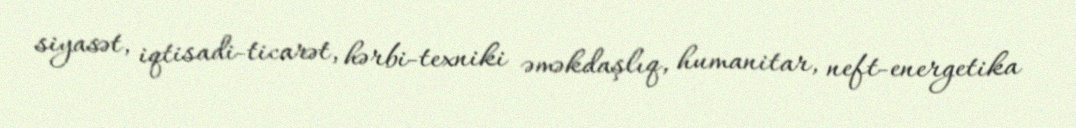
siyasət, iqtisadi-ticarət, hərbi-texniki əməkdaşlıq, humanitar, neft-energetika